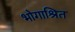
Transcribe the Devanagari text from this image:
भोगाश्रित